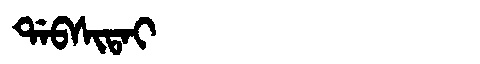
Manchu: ᡩᠠᠪᠰᡳᡨᠠᡳ
Romanization: DABSITAI